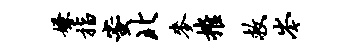
嫌指蜜北麦摧救岑